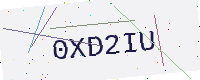
Text: 0XD2IU